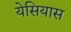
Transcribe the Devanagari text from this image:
येसियास